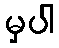
မှပါ